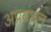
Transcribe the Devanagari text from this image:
अप्रबंधन